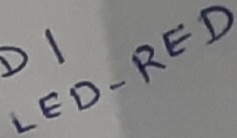
Text: LED-RED